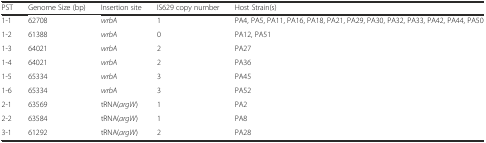
<table><thead><tr><td><b>PST</b></td><td><b>Genome Size (bp)</b></td><td><b>Insertion site</b></td><td><b>IS629 copy number</b></td><td><b>Host Strain(s)</b></td></tr></thead><tbody><tr><td>1-1</td><td>62708</td><td><i>wrbA</i></td><td>1</td><td>PA4, PA5, PA11, PA16, PA18, PA21, PA29, PA30, PA32, PA33, PA42, PA44, PA50</td></tr><tr><td>1-2</td><td>61388</td><td><i>wrbA</i></td><td>0</td><td>PA12, PA51</td></tr><tr><td>1-3</td><td>64021</td><td><i>wrbA</i></td><td>2</td><td>PA27</td></tr><tr><td>1-4</td><td>64021</td><td><i>wrbA</i></td><td>2</td><td>PA36</td></tr><tr><td>1-5</td><td>65334</td><td><i>wrbA</i></td><td>3</td><td>PA45</td></tr><tr><td>1-6</td><td>65334</td><td><i>wrbA</i></td><td>3</td><td>PA52</td></tr><tr><td>2-1</td><td>63569</td><td>tRNA(<i>argW</i>)</td><td>1</td><td>PA2</td></tr><tr><td>2-2</td><td>63584</td><td>tRNA(<i>argW</i>)</td><td>1</td><td>PA8</td></tr><tr><td>3-1</td><td>61292</td><td>tRNA(<i>argW</i>)</td><td>2</td><td>PA28</td></tr></tbody></table>